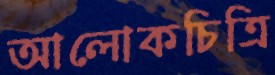
আলোকচিত্রি